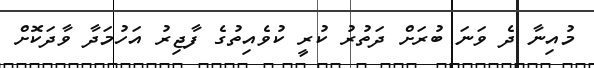
މުއިނާ ދެ ވަނަ ބުރަށް ދަތުރު ކުރީ ކުވެއިތުގެ ފާޖިރު އަހުމަދާ ވާދަކޮށް